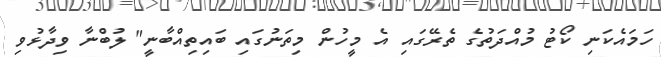
ހަމައެކަނި ކޯޓު މުއްދަތުގެ ތެރޭގައި އެ މީހުން މިތަނުގައި ބައިތިއްބާނީ" ލުބްނާ ވިދާޅުވި